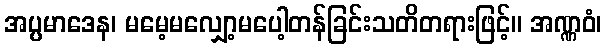
အပ္ပမာဒေန၊ မမေ့မလျှော့မပေါ့တန်ခြင်းသတိတရားဖြင့်။ အဏ္ဏဝံ၊